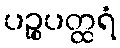
ပဉ္စပတ္ထရံ